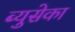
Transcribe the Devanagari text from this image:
ब्युसेका